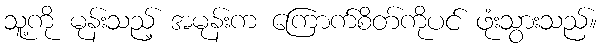
သူ့ကို မုန်းသည့် အမုန်းက ကြောက်စိတ်ကိုပင် ဖုံးသွားသည်။